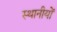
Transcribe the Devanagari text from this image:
स्थानीयों